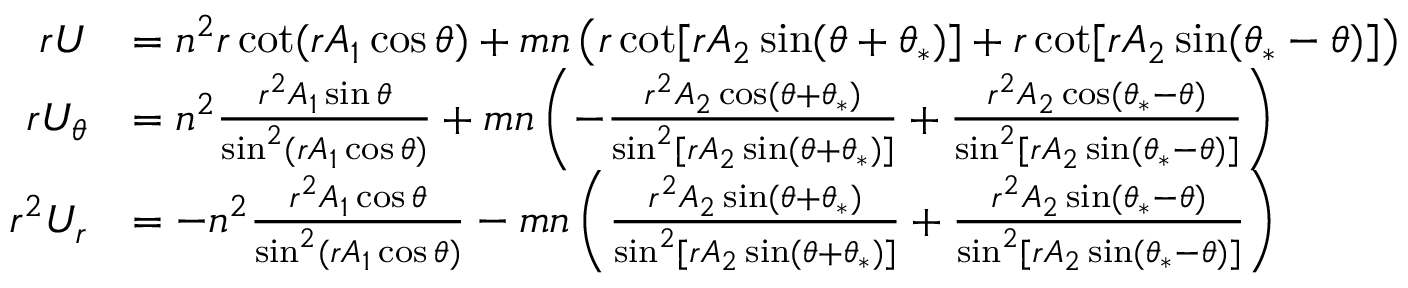
\begin{array} { r l } { r U } & { = n ^ { 2 } r \cot ( r A _ { 1 } \cos \theta ) + m n \left( r \cot [ r A _ { 2 } \sin ( \theta + \theta _ { * } ) ] + r \cot [ r A _ { 2 } \sin ( \theta _ { * } - \theta ) ] \right) } \\ { r U _ { \theta } } & { = n ^ { 2 } \frac { r ^ { 2 } A _ { 1 } \sin \theta } { \sin ^ { 2 } ( r A _ { 1 } \cos \theta ) } + m n \left( - \frac { r ^ { 2 } A _ { 2 } \cos ( \theta + \theta _ { * } ) } { \sin ^ { 2 } [ r A _ { 2 } \sin ( \theta + \theta _ { * } ) ] } + \frac { r ^ { 2 } A _ { 2 } \cos ( \theta _ { * } - \theta ) } { \sin ^ { 2 } [ r A _ { 2 } \sin ( \theta _ { * } - \theta ) ] } \right) } \\ { r ^ { 2 } U _ { r } } & { = - n ^ { 2 } \frac { r ^ { 2 } A _ { 1 } \cos \theta } { \sin ^ { 2 } ( r A _ { 1 } \cos \theta ) } - m n \left( \frac { r ^ { 2 } A _ { 2 } \sin ( \theta + \theta _ { * } ) } { \sin ^ { 2 } [ r A _ { 2 } \sin ( \theta + \theta _ { * } ) ] } + \frac { r ^ { 2 } A _ { 2 } \sin ( \theta _ { * } - \theta ) } { \sin ^ { 2 } [ r A _ { 2 } \sin ( \theta _ { * } - \theta ) ] } \right) } \end{array}